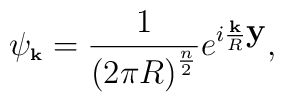
\psi_{\mbox{\bf\tiny k}} = \frac{1}{ \left( 2\pi    R\right)^{\frac{n}{2}}} e^{i \frac{\mbox{\bf\tiny k}}{R}\mbox{\bf y}},